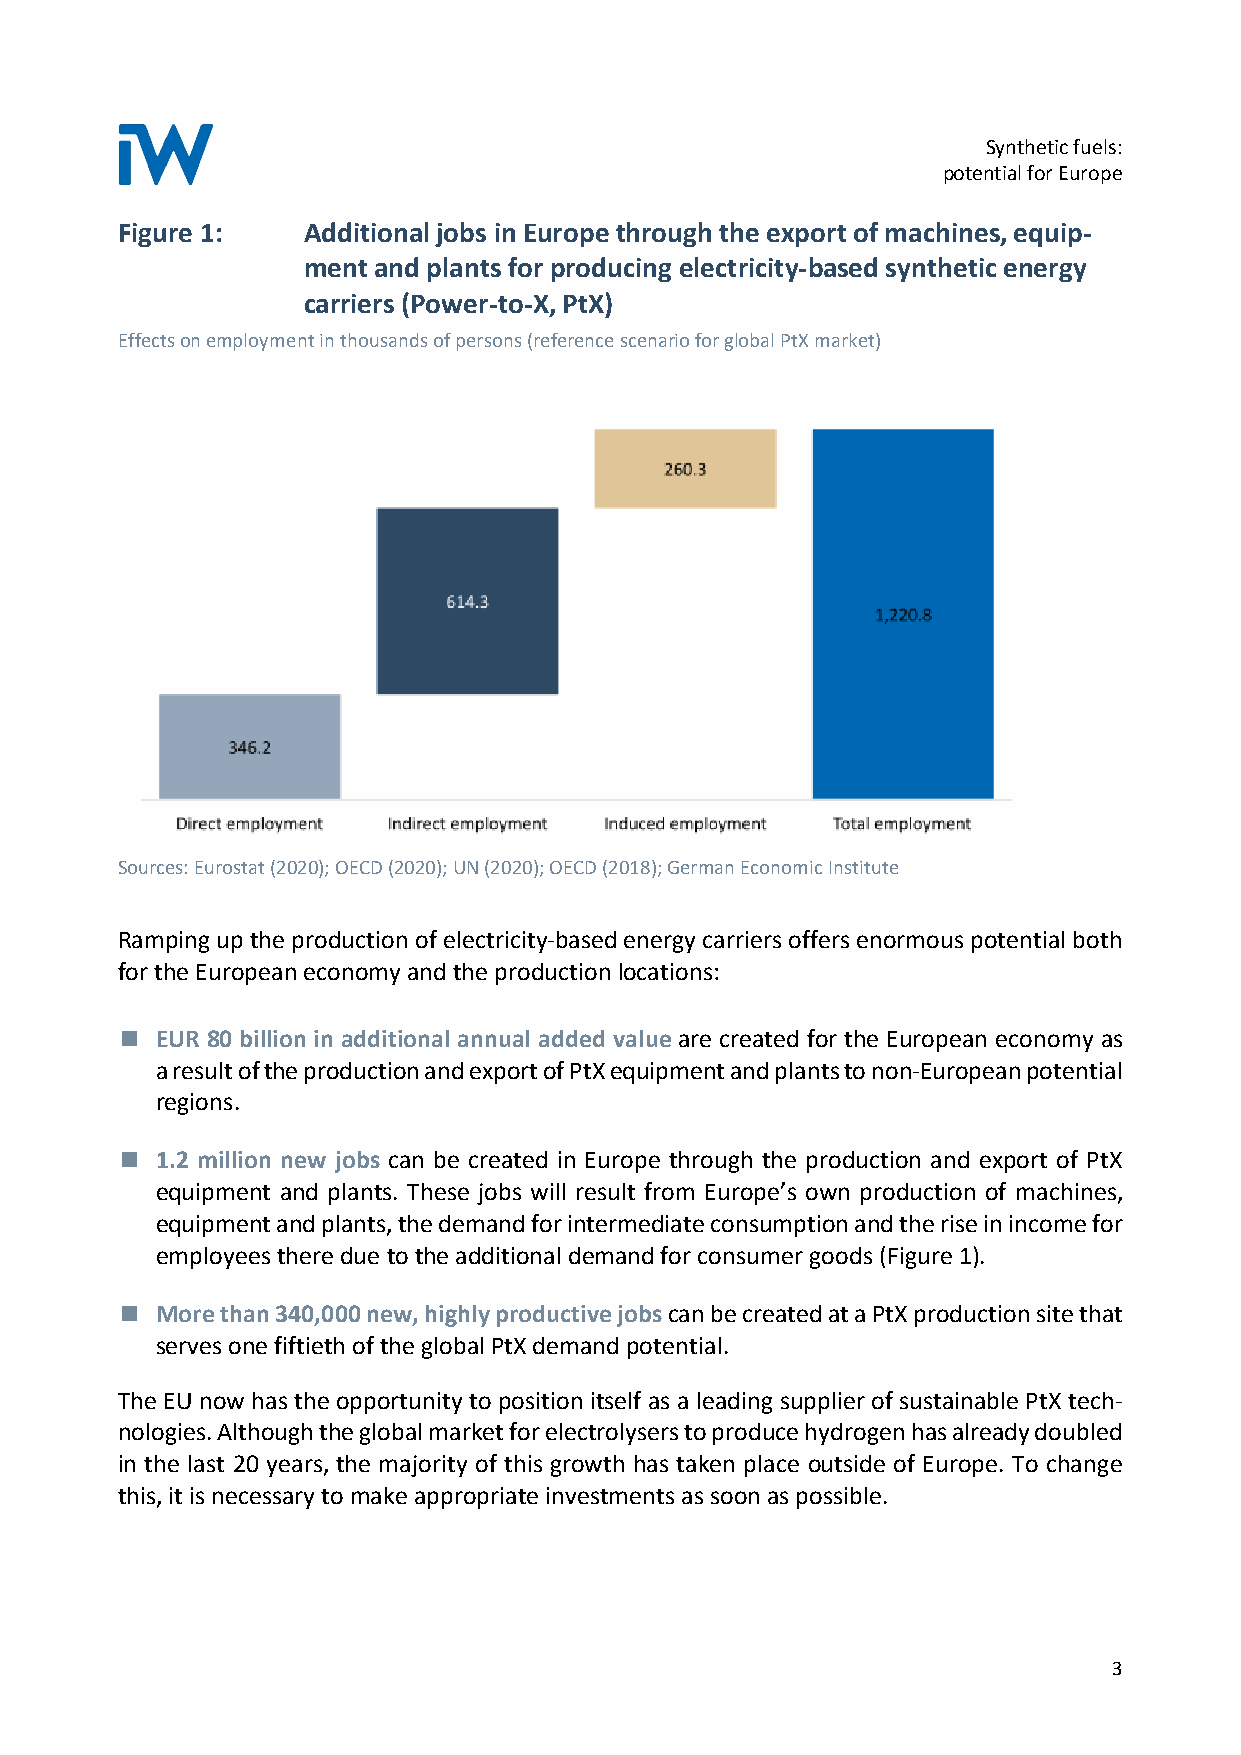
Synthetic fuels:
 potential for Europe
 Figure 1:   Additional jobs in Europe through the export of machines, equip-
 ment and plants for producing electricity-based synthetic energy
 carriers (Power-to-X, PtX)
 Effects on employment in thousands of persons (reference scenario for global PtX market)
 Sources: Eurostat (2020); OECD (2020); UN (2020); OECD (2018); German Economic Institute
 Ramping up the production of electricity-based energy carriers offers enormous potential both
 for the European economy and the production locations:
 EUR 80 billion in additional annual added value are created for the European economy as
 ◼
 a result of the production and export of PtX equipment and plants to non-European potential
 regions.
 1.2 million new jobs can be created in Europe through the production and export of PtX
 ◼
 equipment and plants. These jobs will result from Europe’s own production of machines,
 equipment and plants, the demand for intermediate consumption and the rise in income for
 employees there due to the additional demand for consumer goods (Figure 1).
 More than 340,000 new, highly productive jobs can be created at a PtX production site that
 ◼
 serves one fiftieth of the global PtX demand potential.
 The EU now has the opportunity to position itself as a leading supplier of sustainable PtX tech-
 nologies. Although the global market for electrolysers to produce hydrogen has already doubled
 in the last 20 years, the majority of this growth has taken place outside of Europe. To change
 this, it is necessary to make appropriate investments as soon as possible.
 3